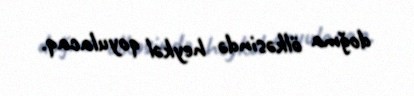
doğma ölkəsində heykəl qoyulacaq.